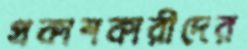
প্রকাশকারীদের